Annual administration report of the Civil Veterinary Department of India - 1904-1905
Year: 1904
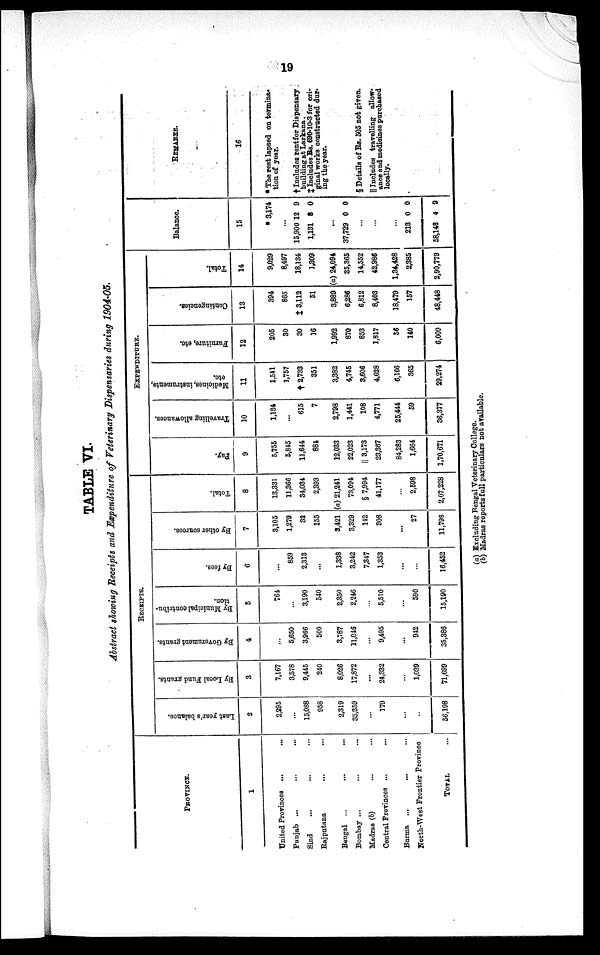
19
TABLE VI.
Abstract showing Receipts and Expenditure of Veterinary Dispensaries during 1904-05.
PROVINCE.
1
United Provinces ...
...
Punjab ... ... ...
Sind ... ... ...
Rajputana ... ...
Bengal ... ... ...
Bombay ... ... ...
Madras (b) ... ...
Central Provinces ... ...
Burma ...
...
North-West Frontier Province
TOTAL
...
RECEIPTS.
Last
year's balance.
2
2,295
...
15,088
958
2,319
35,359
...
379
...
..
56,198
By Local Fund grants.
3
7,167
3,578
9,445
240
8,026
17,872
...
24,332
...
1,039
71,699
By Government grants.
4
...
5,650
3,966
500
3,787
11,046
...
9,495
...
942
35,386
By Municipal contribu-
tion.
5
764
...
3,190
540
2,350
2,246
...
5,510
...
590
15,190
By fees.
6
...
859
2,313
...
1,338
3,242
7.347
1,353
...
...
16,452
By other sources.
7
3,105
1,279
32
155
3,421
3,329
142
308
...
27
11,798
Total.
8
13,331
11,366
34,034
2,393
(a) 21,241
73,094
§ 7,994
41,177
...
2,598
2,07,228
EXPENDITURE.
Pay.
9
5,755
5,845
11,644
884
12,033
22,023
II 3,173
23,367
84,283
1,664
1,70,671
Travelling allowances.
10
1,134
...
615
7
2,798
1,441
108
4,771
25,444
59
36,377
Medicines, instruments,
etc.
11
1,541
1,757
† 2,733
351
3,382
4,745
3,605
4,628
6,166
365
29,274
Furniture, etc.
12
205
30
30
16
1,992
870
853
1,817
56
140
6,009
Contingencies.
13
394
865
†3,112
51
3,889
6,286
6,812
8,403
18,479
157
48,448
Total.
14
9,029
8,497
18,134
1,309
(a) 24,094
35,365
14,552
42,986
1,34,428
2,385
2,90,779
Balance.
15
*
3,174
...
15,900
12
9
1,131
8
0
...
37,729
0
0
...
...
...
213
0
0
58,148
4
9
REMARKS.
16
* The rest lapsed on termina-
tion of year.
† Includes rent for Dispensary
building at Larkana.
‡ Includes Rs. 690-10-3 for ori-
ginal works constructed dur-
ing the year.
§ Details of Rs. 505 not given.
|| Includes travelling allow-
ance and medicines purchased
locally.
(a) Excluding Bengal Veterinary College.
(b) Madras reports full particulars not available.